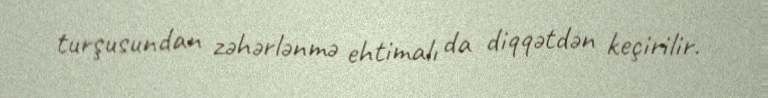
turşusundan zəhərlənmə ehtimalı da diqqətdən keçirilir.